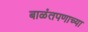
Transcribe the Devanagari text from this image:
बाळंतपणाच्या